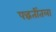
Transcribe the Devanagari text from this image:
पद्धतींतला